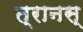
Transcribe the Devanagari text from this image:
त्रानस्